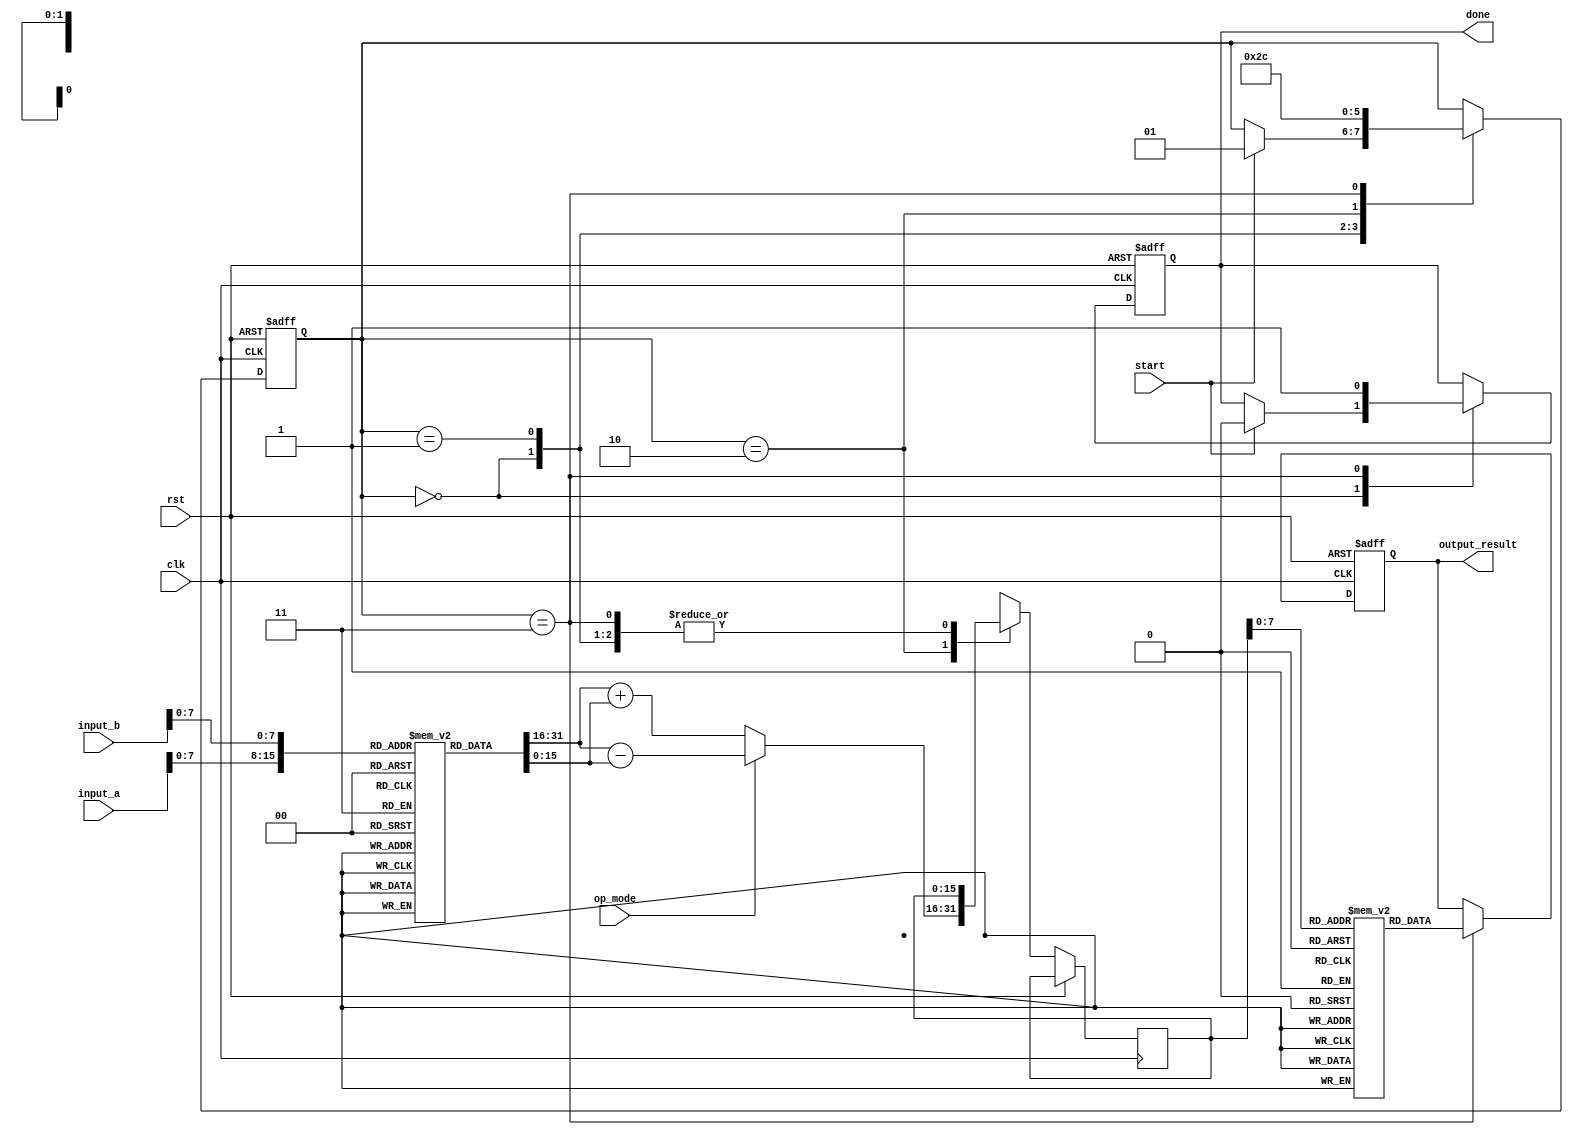
module LogarithmBasedDSPU #(
    parameter DATA_WIDTH = 16,
    parameter LUT_SIZE = 256
)(
    input wire clk,
    input wire rst,
    input wire [DATA_WIDTH-1:0] input_a,
    input wire [DATA_WIDTH-1:0] input_b,
    input wire start,
    input wire op_mode, // 0 for multiplication, 1 for division
    output reg [DATA_WIDTH-1:0] output_result,
    output reg done
);

// Logarithmic and Exponential LUTs (Example)
reg [DATA_WIDTH-1:0] log_lut [0:LUT_SIZE-1];
reg [DATA_WIDTH-1:0] exp_lut [0:LUT_SIZE-1];

// Internal signals
reg [DATA_WIDTH-1:0] log_a, log_b;
reg [DATA_WIDTH-1:0] log_result;
reg [1:0] state;
localparam IDLE = 2'b00, LOG_CONVERT = 2'b01, ADD_SUB = 2'b10, EXP_CONVERT = 2'b11;

// Logarithm conversion (simple LUT access)
always @(*) begin
    log_a = log_lut[input_a]; // Assume input_a is within LUT range
    log_b = log_lut[input_b]; // Assume input_b is within LUT range
end

// State Machine for Control Logic
always @(posedge clk or posedge rst) begin
    if (rst) begin
        state <= IDLE;
        done <= 0;
        output_result <= 0;
    end else begin
        case (state)
            IDLE: begin
                if (start) begin
                    state <= LOG_CONVERT;
                    done <= 0;
                end
            end
            
            LOG_CONVERT: begin
                // Logarithmic conversion completed, move to ADD/SUB
                state <= ADD_SUB;
            end
            
            ADD_SUB: begin
                // Addition/Subtraction based on operation mode
                if (op_mode == 0) begin // Multiplication
                    log_result = log_a + log_b; // log(a * b)
                end else begin // Division
                    log_result = log_a - log_b; // log(a / b)
                end
                
                state <= EXP_CONVERT;
            end
            
            EXP_CONVERT: begin
                // Exponential conversion (simple LUT access)
                output_result <= exp_lut[log_result]; // Convert back to linear
                done <= 1;
                state <= IDLE;
            end
            
            default: state <= IDLE;
        endcase
    end
end

endmodule